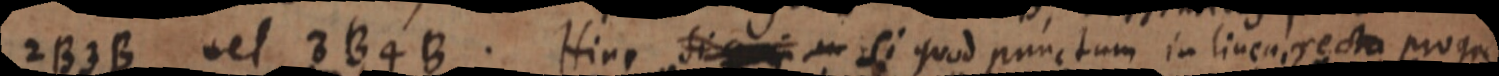
2B3B vel 3B4B. Hinc si _ si quod punctum in linea recta progre